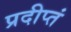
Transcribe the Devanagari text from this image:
प्रदीप्तं